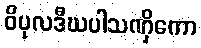
ဝိပုလဒီဃပါသဏှိကော